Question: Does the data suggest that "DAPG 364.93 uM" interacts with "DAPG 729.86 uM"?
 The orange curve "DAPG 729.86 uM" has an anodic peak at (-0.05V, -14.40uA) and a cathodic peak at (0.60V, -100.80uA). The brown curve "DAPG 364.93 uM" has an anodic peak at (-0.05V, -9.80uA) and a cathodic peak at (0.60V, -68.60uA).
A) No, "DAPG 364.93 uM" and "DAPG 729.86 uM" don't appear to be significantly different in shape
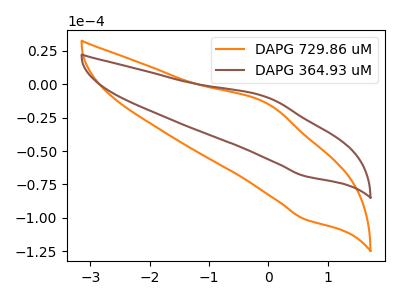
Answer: <think>All the peaks in "DAPG 364.93 uM" have a peak in "DAPG 729.86 uM" at the same potential.
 </think>
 <answer>A) No, "DAPG 364.93 uM" and "DAPG 729.86 uM" don't appear to be significantly different in shape</answer>
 <eval>A</eval>